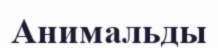
Анимальды